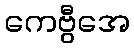
ကေဗွီအေ